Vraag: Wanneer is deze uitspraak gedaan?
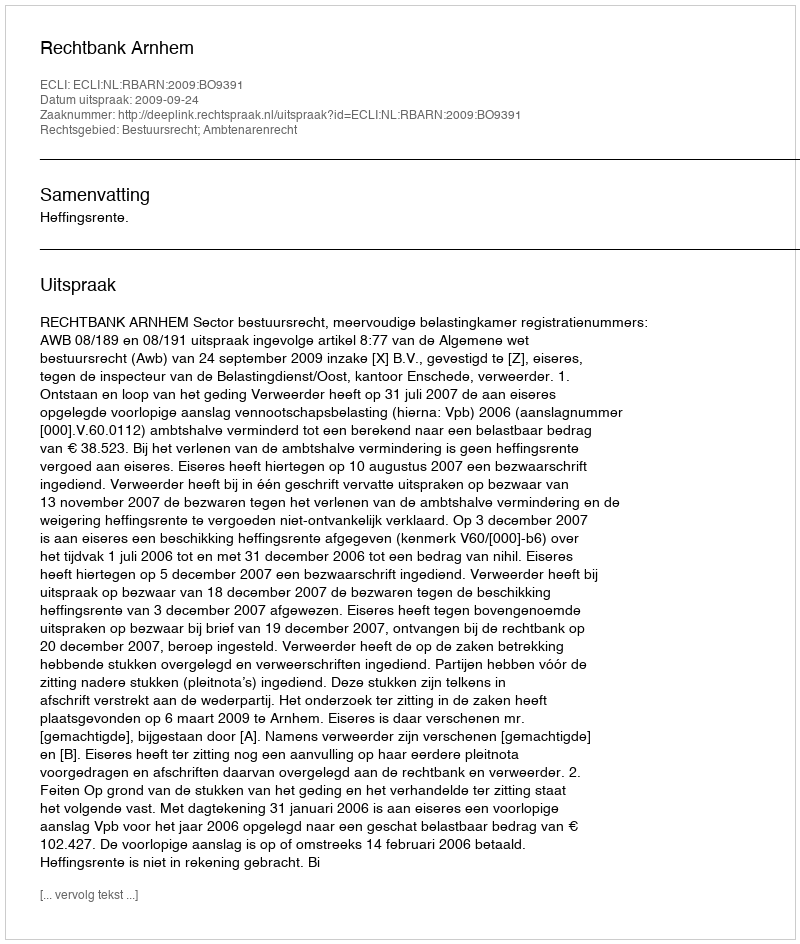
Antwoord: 2009-09-24